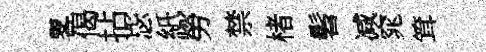
畧偈拈毖紙勞禁楮髫减窕䇯